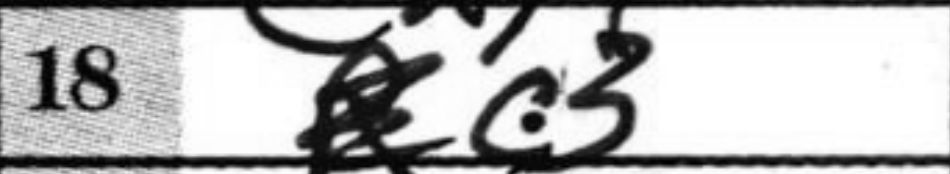
Transcription: c3